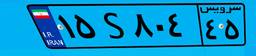
۴۳S۴۶۰۴۴